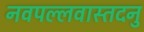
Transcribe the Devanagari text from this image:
नवपल्लवास्तदनु